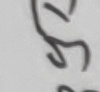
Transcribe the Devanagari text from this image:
३